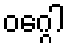
ဝဂ္ဂေါ